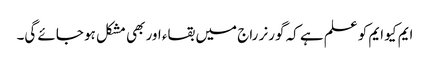
ایم کیو ایم کو علم ہے کہ گورنر راج میں بقاء اور بھی مشکل ہو جائے گی۔